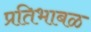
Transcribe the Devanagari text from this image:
प्रतिभाबळ